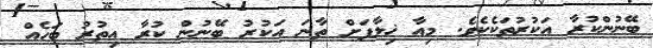
ބޭނުންކުރާ އަކުރުތަކެކެވެ. މިއާ ޚިލާފަށް ތާނަ އަކުރު ބޭނުން ކުރާ އިތުރު ބަހެއް